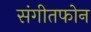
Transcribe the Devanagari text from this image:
संगीतफोन